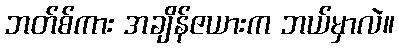
ဘတ်စ်ကား အချိန်ဇယားက ဘယ်မှာလဲ။